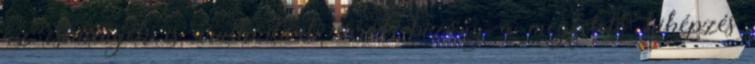
az események is árulkodnak erről, bizony a megfelelő kiképzés